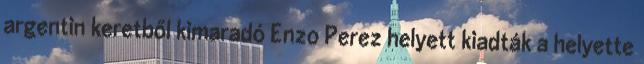
argentin keretből kimaradó Enzo Perez helyett kiadták a helyette